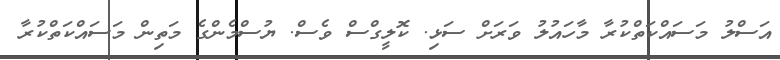
އަސްލު މަސައްކަތްކުރާ މާހައުލު ވަރަށް ސަޅި. ކޮލީގްސް ވެސް. ޔުސްމެންގެ މަތިން މަސައްކަތްކުރާ